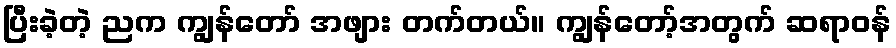
ပြီးခဲ့တဲ့ ညက ကျွန်တော် အဖျား တက်တယ်။ ကျွန်တော့်အတွက် ဆရာဝန်